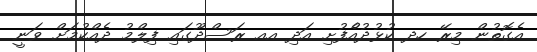
އެގޮތުން މިރޭ ހދ ކުޅުދުއެްފުށި އަދި އއ ރަސްދޫގައި ފިލްމު ދެއްކުމަށް ވަނީ